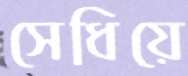
সেধিয়ে